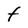
Character: F